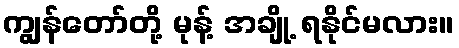
ကျွန်တော်တို့ မုန့် အချို့ ရနိုင်မလား။